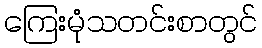
ကြေးမုံသတင်းစာတွင်